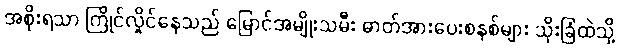
အစိုးရသာ ကြိုင်လှိုင်နေသည် မြောင်အမျိုးသမီး ဓာတ်အားပေးစနစ်များ သိုးခြံထဲသို့